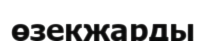
өзекжарды